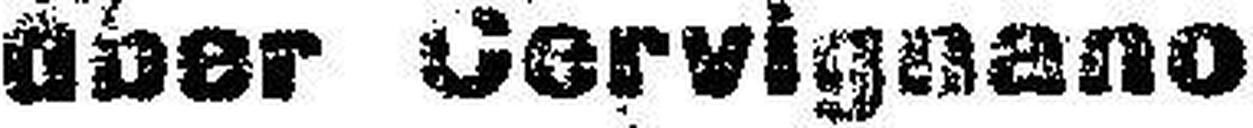
über Cervignano